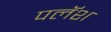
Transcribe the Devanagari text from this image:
पलॅश